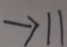
\rightarrow 1 1